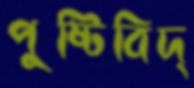
পুষ্টিবিদ্